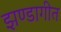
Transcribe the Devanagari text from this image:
झण्डागीत